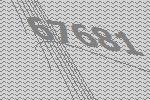
67681